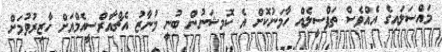
މައްސަަލައިގެ އެއްވެސް ތަފްސީލެއް ހާމަނުކޮށް އެ ކޮމިޝަނުން ބުނީ މުނާޒު އެޗްއާރްސީއެމްއަށް ހާޒިރުވުމަށް